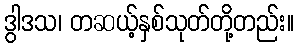
ဒွါဒသ၊ တဆယ့်နှစ်သုတ်တို့တည်း။